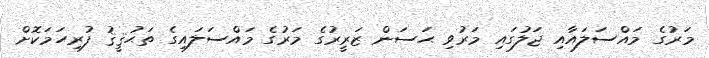
މަރުގެ މައްސަލައާއި ޖަލުގައި މަރުވި ޙަސަން ޒަރީރުގެ މަރުގެ މައްސަލައިގެ ތަޙުޤީޤު ފުރިހަމަކޮށް